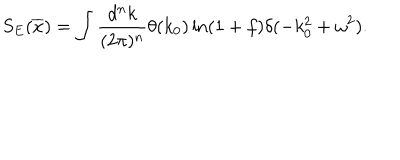
S _ { E } ( \overline { { x } } ) = \int \frac { d ^ { n } k } { ( 2 \pi ) ^ { n } } \theta ( k _ { 0 } ) \ln ( 1 + f ) \delta ( - k _ { 0 } ^ { 2 } + \omega ^ { 2 } ) .